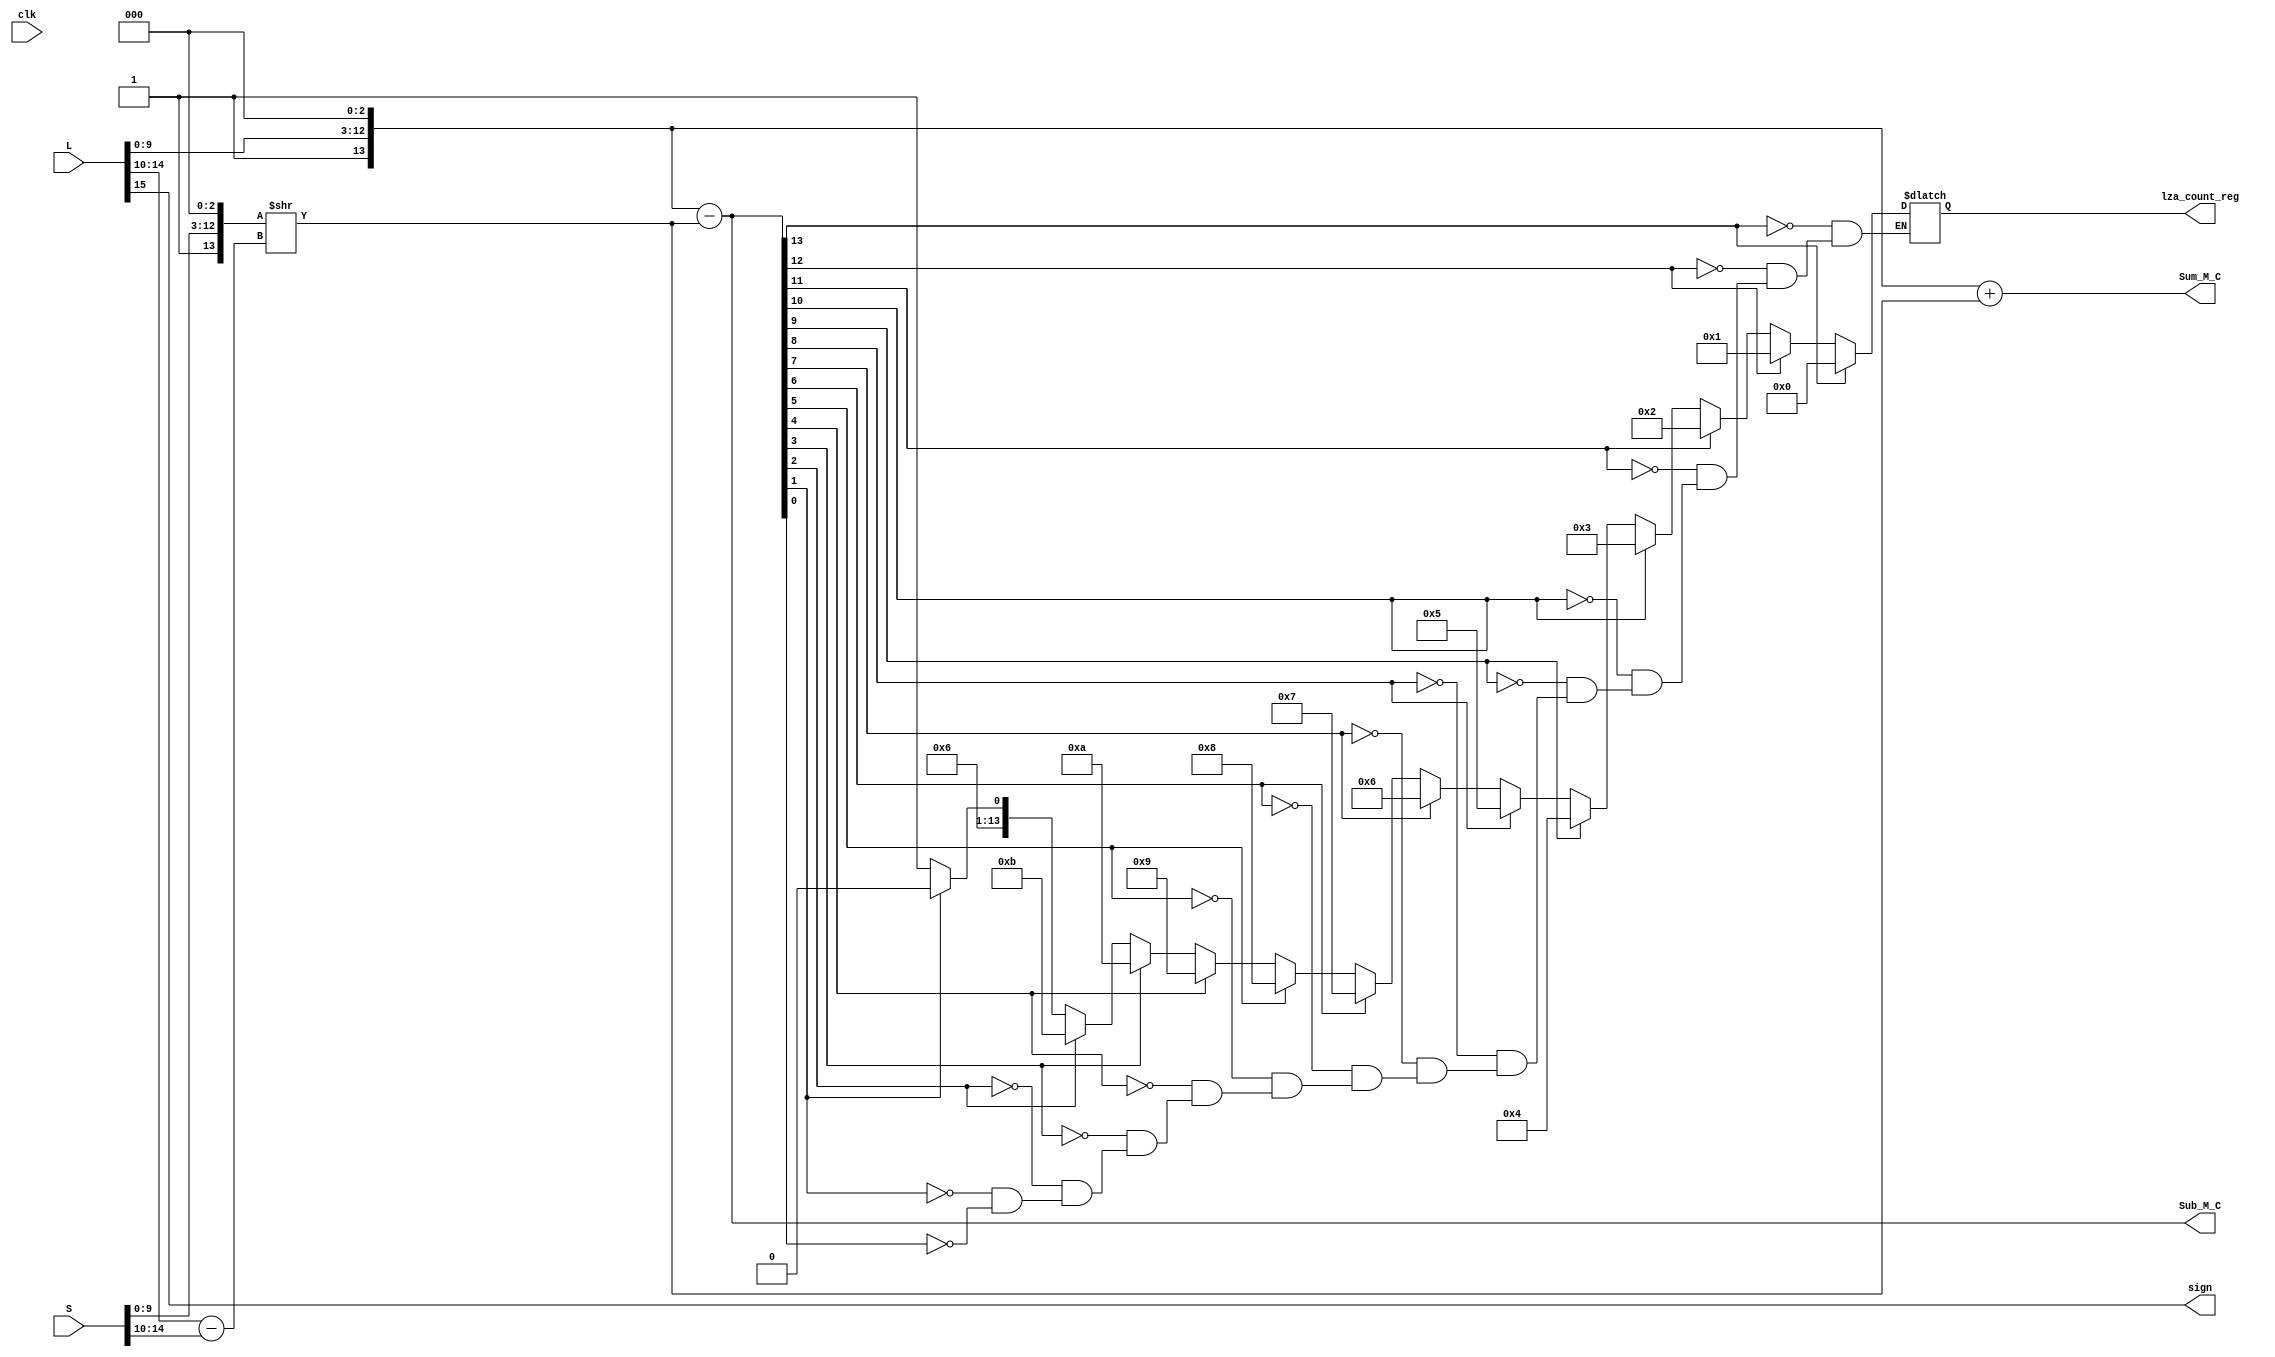
module shift_adder ( sign, Sum_M_C, Sub_M_C, lza_count_reg,L, S,clk);

input [15:0] L, S;  
input clk;            //output of module "compare
output reg sign;                      //get sign of final result
reg [13:0] M_C_L, M_C_S;       //mantissa after adding 3 bits
reg [13:0]M_C_Lnew, M_C_Snew;  //mantissa after shifting
output  reg[14:0] Sum_M_C;            //sum of mantissa(15bits)'
output  reg[13:0] Sub_M_C;           //subtract of mantissa(14bits)'


reg [13:0] Sub_M_CS;                    //create a new sub for shifting
output reg [13:0] lza_count_reg;               //count leading zero 
reg [4:0] count; 
always@ (*)

begin
M_C_L[13:0]={1'b1, L[9:0], 3'b000};                     //add additional bits 
M_C_S[13:0]={1'b1, S[9:0], 3'b000};

sign=L[15];                                             // the sign of result is always the same as the C_L

M_C_Snew[13:0]=M_C_S[13:0]>>(L[14:10]-S[14:10]);        // C_S mantissa after alignment
M_C_Lnew[13:0]=M_C_L[13:0];                             // C_L mantissa after alignment

Sum_M_C[14:0]=M_C_Lnew[13:0]+ M_C_Snew[13:0];           //sum of mantissa
Sub_M_C[13:0]=M_C_Lnew[13:0]- M_C_Snew[13:0];           //substract of mantissa

begin 
//Sub_M_CS[13:0]<=Sub_M_C[13:0];
//lza_count_reg=14;                                         //start from LSB, if bit=1, lza_
for( count=0; count<14; count=count+1 ) 
if( Sub_M_C[ count ] ) 
lza_count_reg=13-count; 
end 
end
endmodule